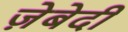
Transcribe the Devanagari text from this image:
ज़ेबेदी